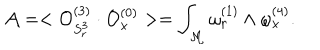
LaTeX: { \cal A } = < { \cal O } _ { S _ { r } ^ { 3 } } ^ { ( 3 ) } \cdot { \cal O } _ { x } ^ { ( 0 ) } > = \int _ { \cal M } \omega _ { r } ^ { ( 1 ) } \wedge \omega _ { x } ^ { ( 4 ) } .